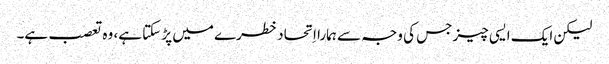
‏ لیکن ایک ایسی چیز جس کی وجہ سے ہمارا اِتحاد خطرے میں پڑ سکتا ہے،‏ وہ تعصب ہے۔